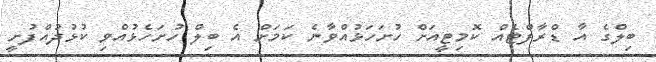
ބިލްގެ އާ ޑްރާފްޓެއް ކޮމިޓީއަށް ހުށަހަޅުއްވާނެ ކަމަށް އެ ބިލް ހުށަހެޅުއްވި ކުޅުދުއްފުށީ